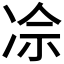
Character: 𪞡